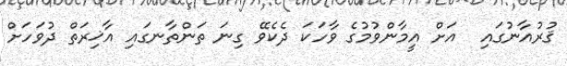
ޤުރުއާނުގައި  އަށް އީމާންވުމުގެ ވާހަކަ ދެކެވޭ ގިނަ ތަންތާނގައި އާޚިރަތް ދުވަހަށް